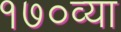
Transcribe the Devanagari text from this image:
१७०व्या